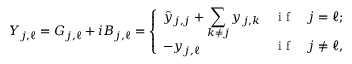
Y _ { j , \ell } = G _ { j , \ell } + i B _ { j , \ell } = \left\{ \begin{array} { l l l } { \displaystyle \hat { y } _ { j , j } + \sum _ { k \neq j } y _ { j , k } } & { \mathrm { ~ i ~ f ~ } } & { j = \ell ; } \\ { - y _ { j , \ell } } & { \mathrm { ~ i ~ f ~ } } & { j \neq \ell , } \end{array} \right.